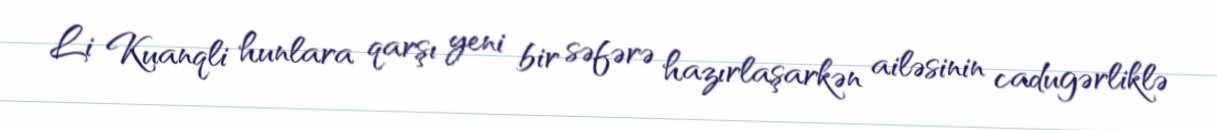
Li Kuanqli hunlara qarşı yeni bir səfərə hazırlaşarkən ailəsinin cadugərliklə